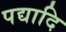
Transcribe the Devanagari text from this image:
पद्यादि